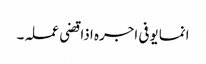
انما یوفی اجرہ اذا قضی عملہ۔